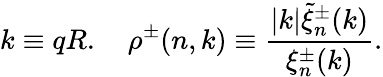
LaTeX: k\equiv qR.\quad\rho^{\pm}(n,k)\equiv\frac{|k|\tilde{\xi}_{n}^{\pm}(k)}{\xi_{n}^{\pm}(k)}.